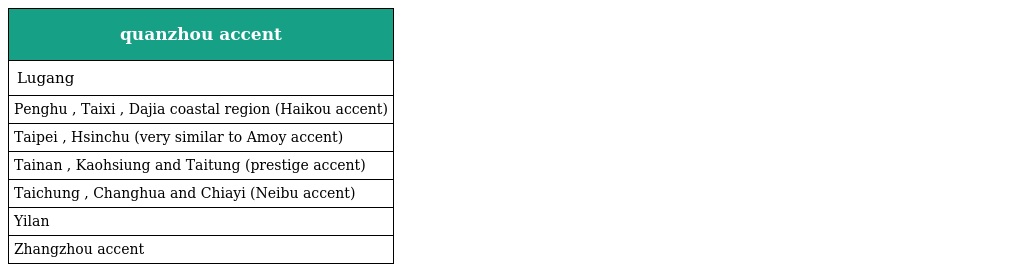
| quanzhou accent |
 | --- |
 | Lugang |
 | Penghu , Taixi , Dajia coastal region (Haikou accent) |
 | Taipei , Hsinchu (very similar to Amoy accent) |
 | Tainan , Kaohsiung and Taitung (prestige accent) |
 | Taichung , Changhua and Chiayi (Neibu accent) |
 | Yilan |
 | Zhangzhou accent |